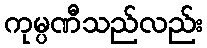
ကုမ္ပဏီသည်လည်း